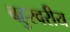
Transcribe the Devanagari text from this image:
बहुस्वरीय